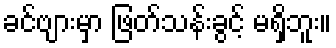
ခင်ဗျားမှာ ဖြတ်သန်းခွင့် မရှိဘူး။